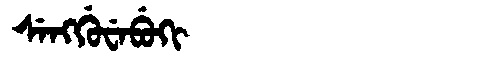
Manchu: ᠰᡝᠩᡤᡠᠸᡝᠪᡠᡴᡳ
Romanization: SENGGUWEBUKI